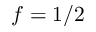
f = 1 / 2